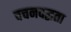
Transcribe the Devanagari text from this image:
वचनवद्धता